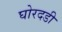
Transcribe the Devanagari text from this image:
घोरदडी